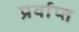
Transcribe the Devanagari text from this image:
प्रर्याप्‍त